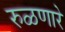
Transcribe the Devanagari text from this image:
रुळणारे